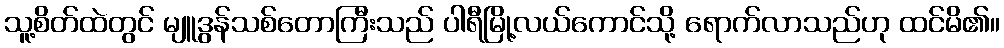
သူ့စိတ်ထဲတွင် မျူဒွန်သစ်တောကြီးသည် ပါရီမြို့လယ်ကောင်သို့ ရောက်လာသည်ဟု ထင်မိ၏။